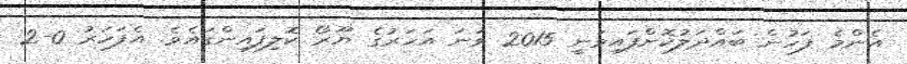
އެންމެ ފަހުން ބައްދަލުކޮށްފައިވަނީ 2015 ވަނަ އަހަރުގެ ޔޫރޯ ކޮލިފައިންގައެވެ. އެފަހަރު 0-2